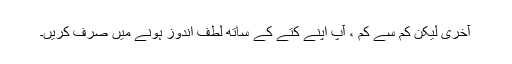
آخری لیکن کم سے کم ، آپ اپنے کتے کے ساتھ لطف اندوز ہونے میں صرف کریں۔